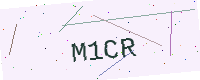
Text: M1CR